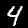
Label: 4